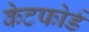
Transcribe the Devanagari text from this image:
केटफोर्ड